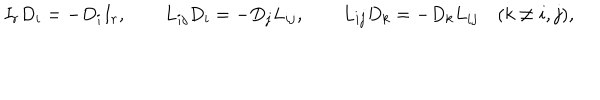
I _ { r } D _ { i } = - D _ { i } I _ { r } , \qquad L _ { i j } D _ { i } = - D _ { j } L _ { i j } , \qquad L _ { i j } D _ { k } = - D _ { k } L _ { i j } \quad ( k \ne i , j ) ,